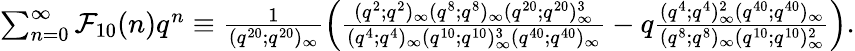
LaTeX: \begin{array}{r}{\sum_{n=0}^{\infty}\mathcal{F}_{10}(n)q^{n}\equiv\frac{1}{(q^{20};q^{20})_{\infty}}\left(\frac{(q^{2};q^{2})_{\infty}(q^{8};q^{8})_{\infty}(q^{20};q^{20})_{\infty}^{3}}{(q^{4};q^{4})_{\infty}(q^{10};q^{10})_{\infty}^{3}(q^{40};q^{40})_{\infty}}-q\frac{(q^{4};q^{4})_{\infty}^{2}(q^{40};q^{40})_{\infty}}{(q^{8};q^{8})_{\infty}(q^{10};q^{10})_{\infty}^{2}}\right).}\end{array}